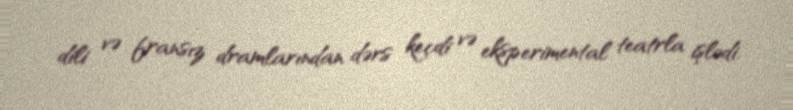
dili və fransız dramlarından dərs keçdi və eksperimental teatrla işlədi.